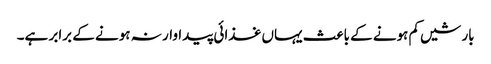
بارشیں کم ہونے کے باعث یہاں غذائی پیداوار نہ ہونے کے برابر ہے۔